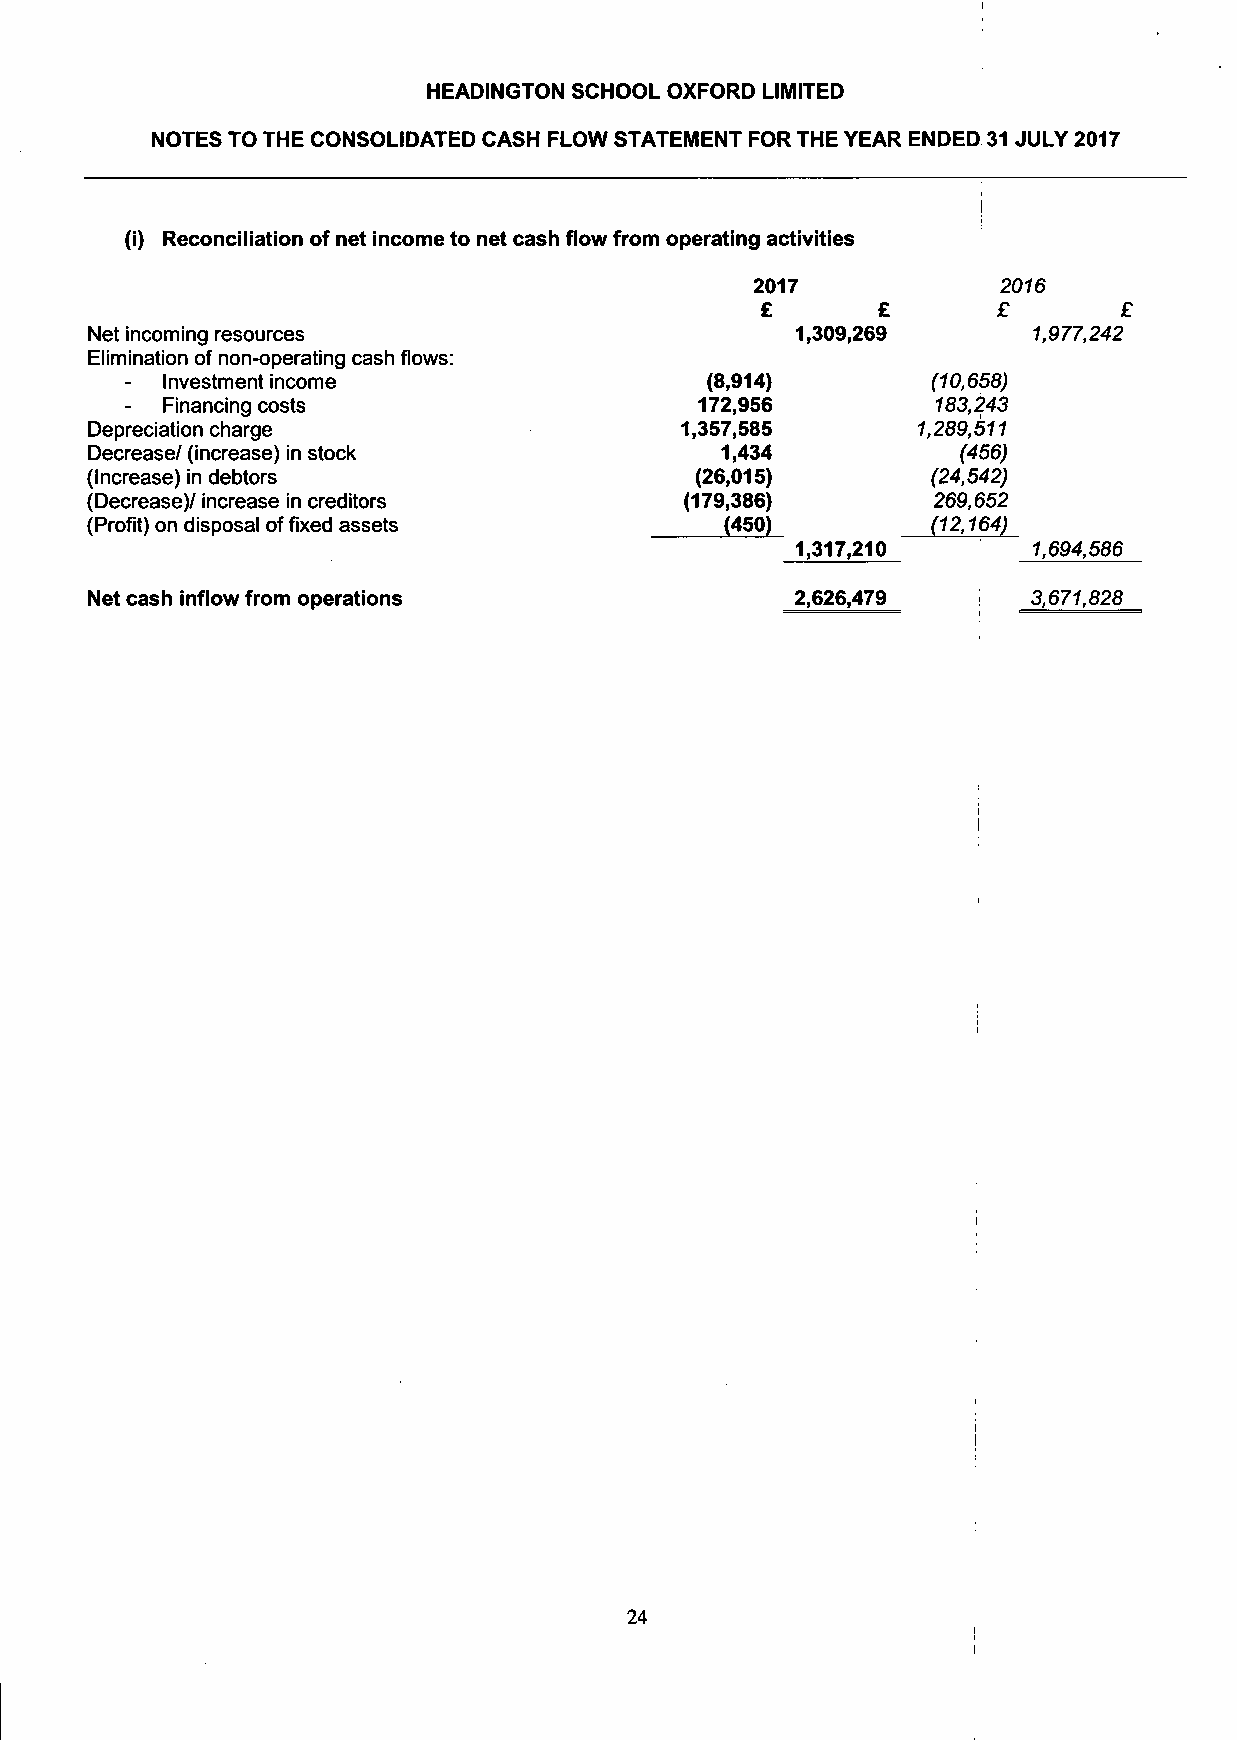
HEADINGTON SCHOOL OXFORD LIMITED
 NOTES TO THE CONSOLIDATED CASH FLOW STATEMENT FOR THE YEAR ENDED 31 JULY 2017
 (i) Reconciliation of net income to net cash flow from operating activities
 2017            2016
 £       £       £
 Net incoming resources                         1,309,269      1,977,242
 Elimination of non-operating cash flows:
 Investment income                   (8,914)        (10,658)
 Financing costs                    172,956         183,243
 Depreciation charge                    1,357,585       1,289,511
 Decrease/ (increase) in stock             1,434           (456)
 (Increase) in debtors                   (26,015)        (24,542)
 (Decrease)/ increase in creditors      (179,386)        269,652
 (Profit) on disposal of fixed assets      (450)         (12,164)
 1,317,210      1,694,586
 Net cash inflow from operations                2,626,479      3,671,828
 I
 i
 I
 24
 i